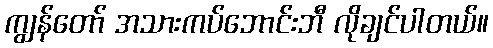
ကျွန်တော် အသားကပ်ဘောင်းဘီ လိုချင်ပါတယ်။